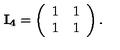
{ \bf I _ { 4 } } = \left( \begin{array} { l l } { 1 } & { 1 } \\ { 1 } & { 1 } \\ \end{array} \right) .